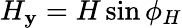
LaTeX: H_{\mathbf{y}}=H\sin{\phi_{H}}